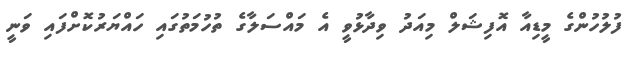
ފުލުހުންގެ މީޑިއާ އޮފިޝަލް މިއަދު ވިދާޅުވީ އެ މައްސަލާގެ ތުހުމަތުގައި ހައްޔަރުކޮށްފައި ވަނީ